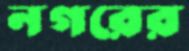
নগরের